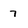
Character: 7